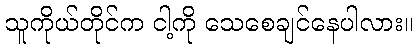
သူကိုယ်တိုင်က ငါ့ကို သေစေချင်နေပါလား။